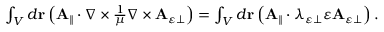
\begin{array} { r } { \int _ { V } d \mathbf { r } \left( \mathbf { A } _ { \parallel } \cdot \nabla \times \frac { 1 } { \mu } \nabla \times \mathbf { A } _ { \varepsilon \perp } \right) = \int _ { V } d \mathbf { r } \left( \mathbf { A } _ { \parallel } \cdot \lambda _ { \varepsilon \perp } \varepsilon \mathbf { A } _ { \varepsilon \perp } \right) . } \end{array}